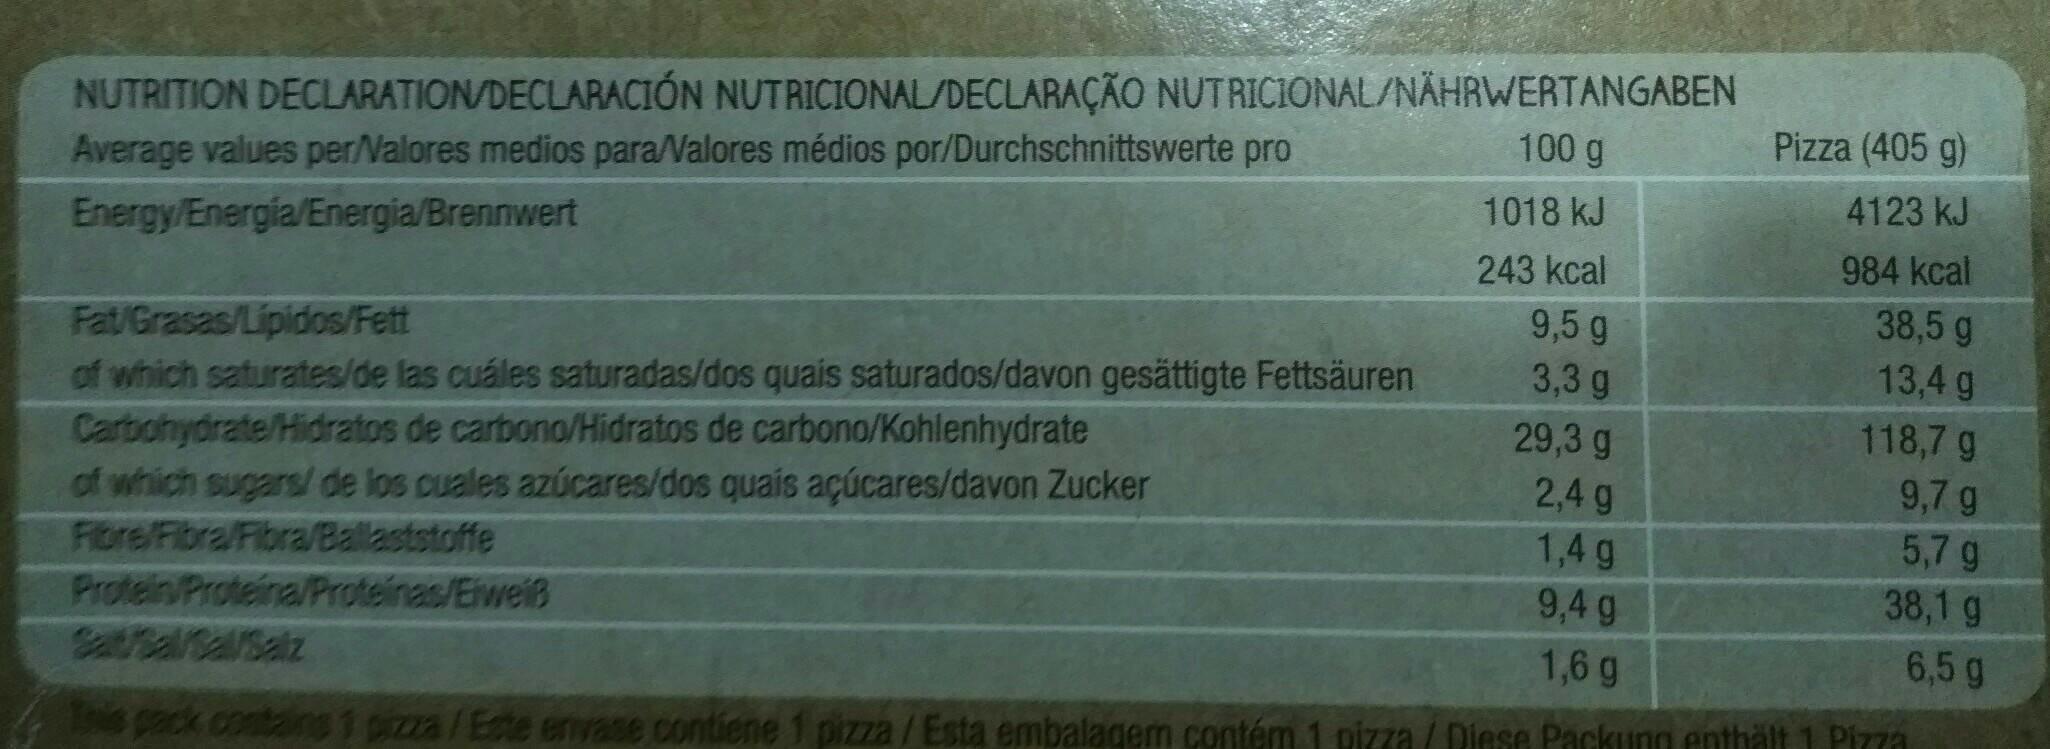
NUTRITION DECLARATION/DECLARACIÓN NUTRICIONAL/DECLARAÇÃO NUTRICIONAL/NÄHRWERTANGABEN Average values per/Valores medios paraValores médios por/Durchschnittswerte pro
100 g
Pizza (405 g)
1018 kJ
4123 kJ
Energy/Energia/Energia/Brennwert
984 kcal
243 kcal
38,5 g
9,5 g 3,3 g
Fat/Grasas/Lipidos/Fett of which saturates/de las cuáles saturadas/dos quais saturados/davon gesättigte Fettsäuren Carbohydrate/Hidratos de carbono/Hidratos de carbono/Kohlenhydrate of which sugars/ de los cuales azúcares/dos quais açúcares/davon Zucker Fibre/Fibra/Fibra/Ballaststoffe Protein/Proteina/Proteinas/Eiweiß SaSal/Sa/Salz
13,4 g
118,7 g
29,3 g 2,4 g
9,7 g 5,7 g
1,4 g 9,4 g
38,1 g 6,5 g
1,6 g
s pack contains 1 pizza/Este envase contiene 1 pizza/Esta embalagem contém 1 pizza / Diese Packung enthält1 Pizza